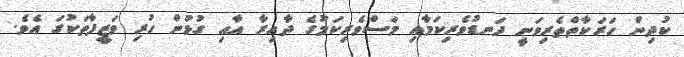
ކުދިން ހަރަކާތްތެރިވަނީ ދަނޑުވެރިކަމާއި މަސްވެރިކަމުގެ ދާއިރާ އާއި ގުޅުން ހުރި ވަޒީފާތަކުގަ އެވެ.